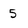
Character: 5